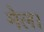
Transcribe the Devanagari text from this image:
मेल।